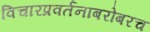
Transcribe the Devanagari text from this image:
विचारप्रवर्तनाबरोबरच